Scottish Leaving Certificate Examination, 1956
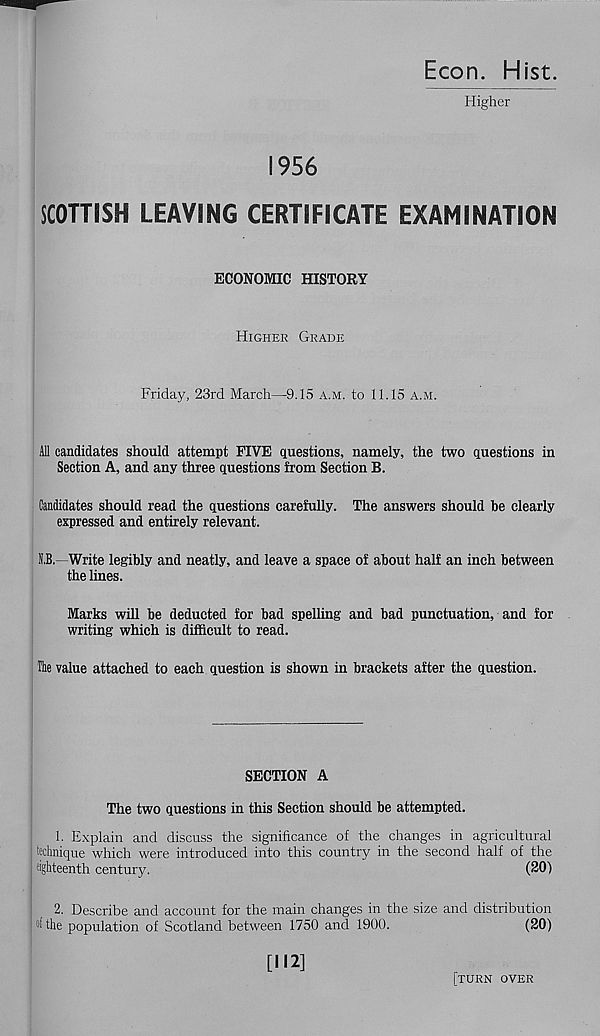
1956
Econ. Hist.
Higher
SCOTTISH LEAVING CERTIFICATE EXAMINATION
ECONOMIC HISTORY
Higher Grade
Friday, 23rd March—9.15 a.m. to 11.15 a.m.
All candidates should attempt FIVE questions, namely, the two questions in
Section A, and any three questions from Section B.
Candidates should read the questions carefully. The answers should be clearly
expressed and entirely relevant.
S.B, -Write legibly and neatly, and leave a space of about half an inch between
the lines.
Marks will be deducted for bad spelling and bad punctuation, and for
writing which is difficult to read.
Tie value attached to each question is shown in brackets after the question.
SECTION A
The two questions in this Section should be attempted.
1. Explain and discuss the significance of the changes in agricultural
technique which were introduced into this country in the second half of the
eighteenth century.
(20)
2. Describe and account for the main changes in the size and distribution
of the population of Scotland between 1750 and 1900.
(20)
[112]
[turn over